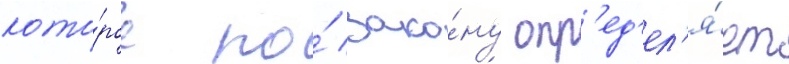
кото́рое по́ зако́ну опр'ед'ел'я́ет